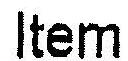
ITEM